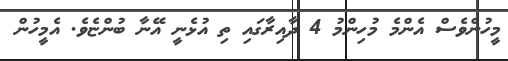
މީހުންވެސް އެންމެ މުހިންމު 4 ދާއިރާގައި ތި އުޅެނީ އޭނާ ބުންޏެވެ. އެމީހުން